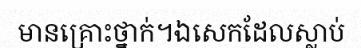
មានគ្រោះថ្នាក់។ឯសេកដែលស្លាប់